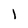
Character: I